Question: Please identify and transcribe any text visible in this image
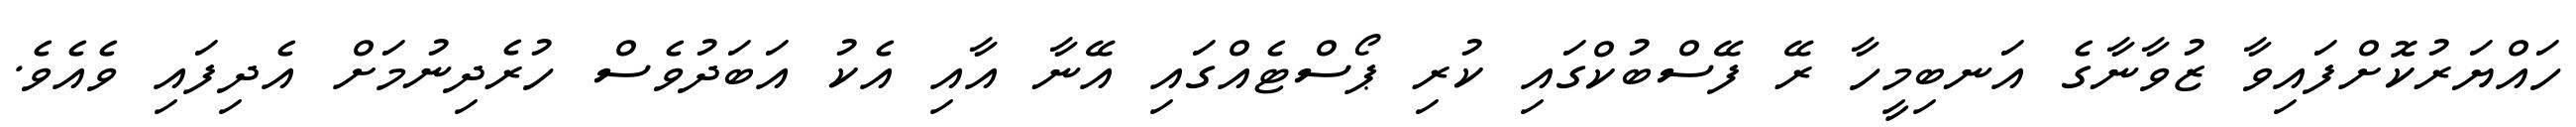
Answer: ހައްޔަރުކޮށްފައިވާ ޒުވާނާގެ އަނބިމީހާ ރޭ ފޭސްބުކްގައި ކުރި ޕޯސްޓެއްގައި އޭނާ އާއި އެކު އަބަދުވެސް ހުރެދިނުމަށް އެދިފައި ވެއެވެ.